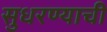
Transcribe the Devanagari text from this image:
सुधरण्याची